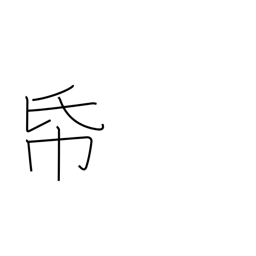
Meaning: stationary